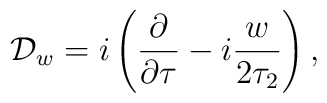
{{\cal D}_w =i \left( {\partial \over \partial \tau} - i {w \over2\tau_2}\right),}